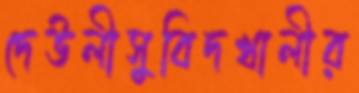
দেউলীসুবিদখালীর